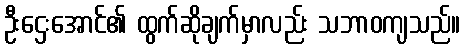
ဦးဌေးအောင်၏ ထွက်ဆိုချက်မှာလည်း သဘာဝကျသည်။